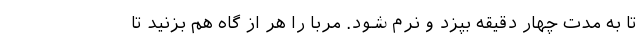
تا به مدت چهار دقیقه بپزد و نرم شود. مربا را هر از گاه هم بزنید تا